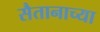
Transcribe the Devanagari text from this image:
सैतानाच्या